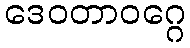
ဒေဝတာဝဂ္ဂေ